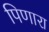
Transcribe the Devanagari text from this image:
पिणारा